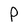
Character: P